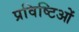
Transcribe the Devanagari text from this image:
प्रविष्टिओं